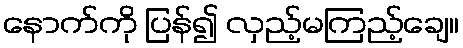
နောက်ကို ပြန်၍ လှည့်မကြည့်ချေ။